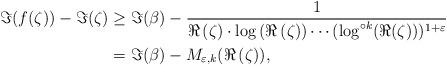
LaTeX: \begin{align*}\Im(f(\zeta))-\Im(\zeta) & \geq \Im(\beta) -\frac{1}{\Re\left(\zeta\right)\cdot\log\left(\Re\left(\zeta\right)\right)\cdots(\log^{\circ k}(\Re(\zeta)))^{1+\varepsilon}}\\& =\Im(\beta) - M_{\varepsilon,k}(\Re\left(\zeta\right)), \end{align*}